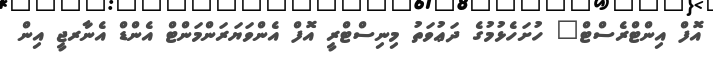
އޮފް އިންޓްރެސްޓް" ހުށަހެޅުމުގެ ދަޢުވަތު މިނިސްޓްރީ އޮފް އެންވަޔަރަންމަންޓް އެންޑް އެނާރޖީ އިން